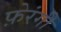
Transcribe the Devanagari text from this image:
फ़ेरंगी